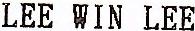
LEE WIN LEE